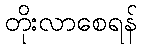
တိုးလာစေရန်